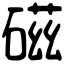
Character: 𥔵